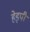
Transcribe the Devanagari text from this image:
हेइपी